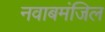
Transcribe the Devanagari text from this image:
नवाबमंजिल